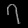
Digit: ၇